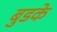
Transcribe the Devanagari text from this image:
बुडके